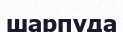
шарпуда